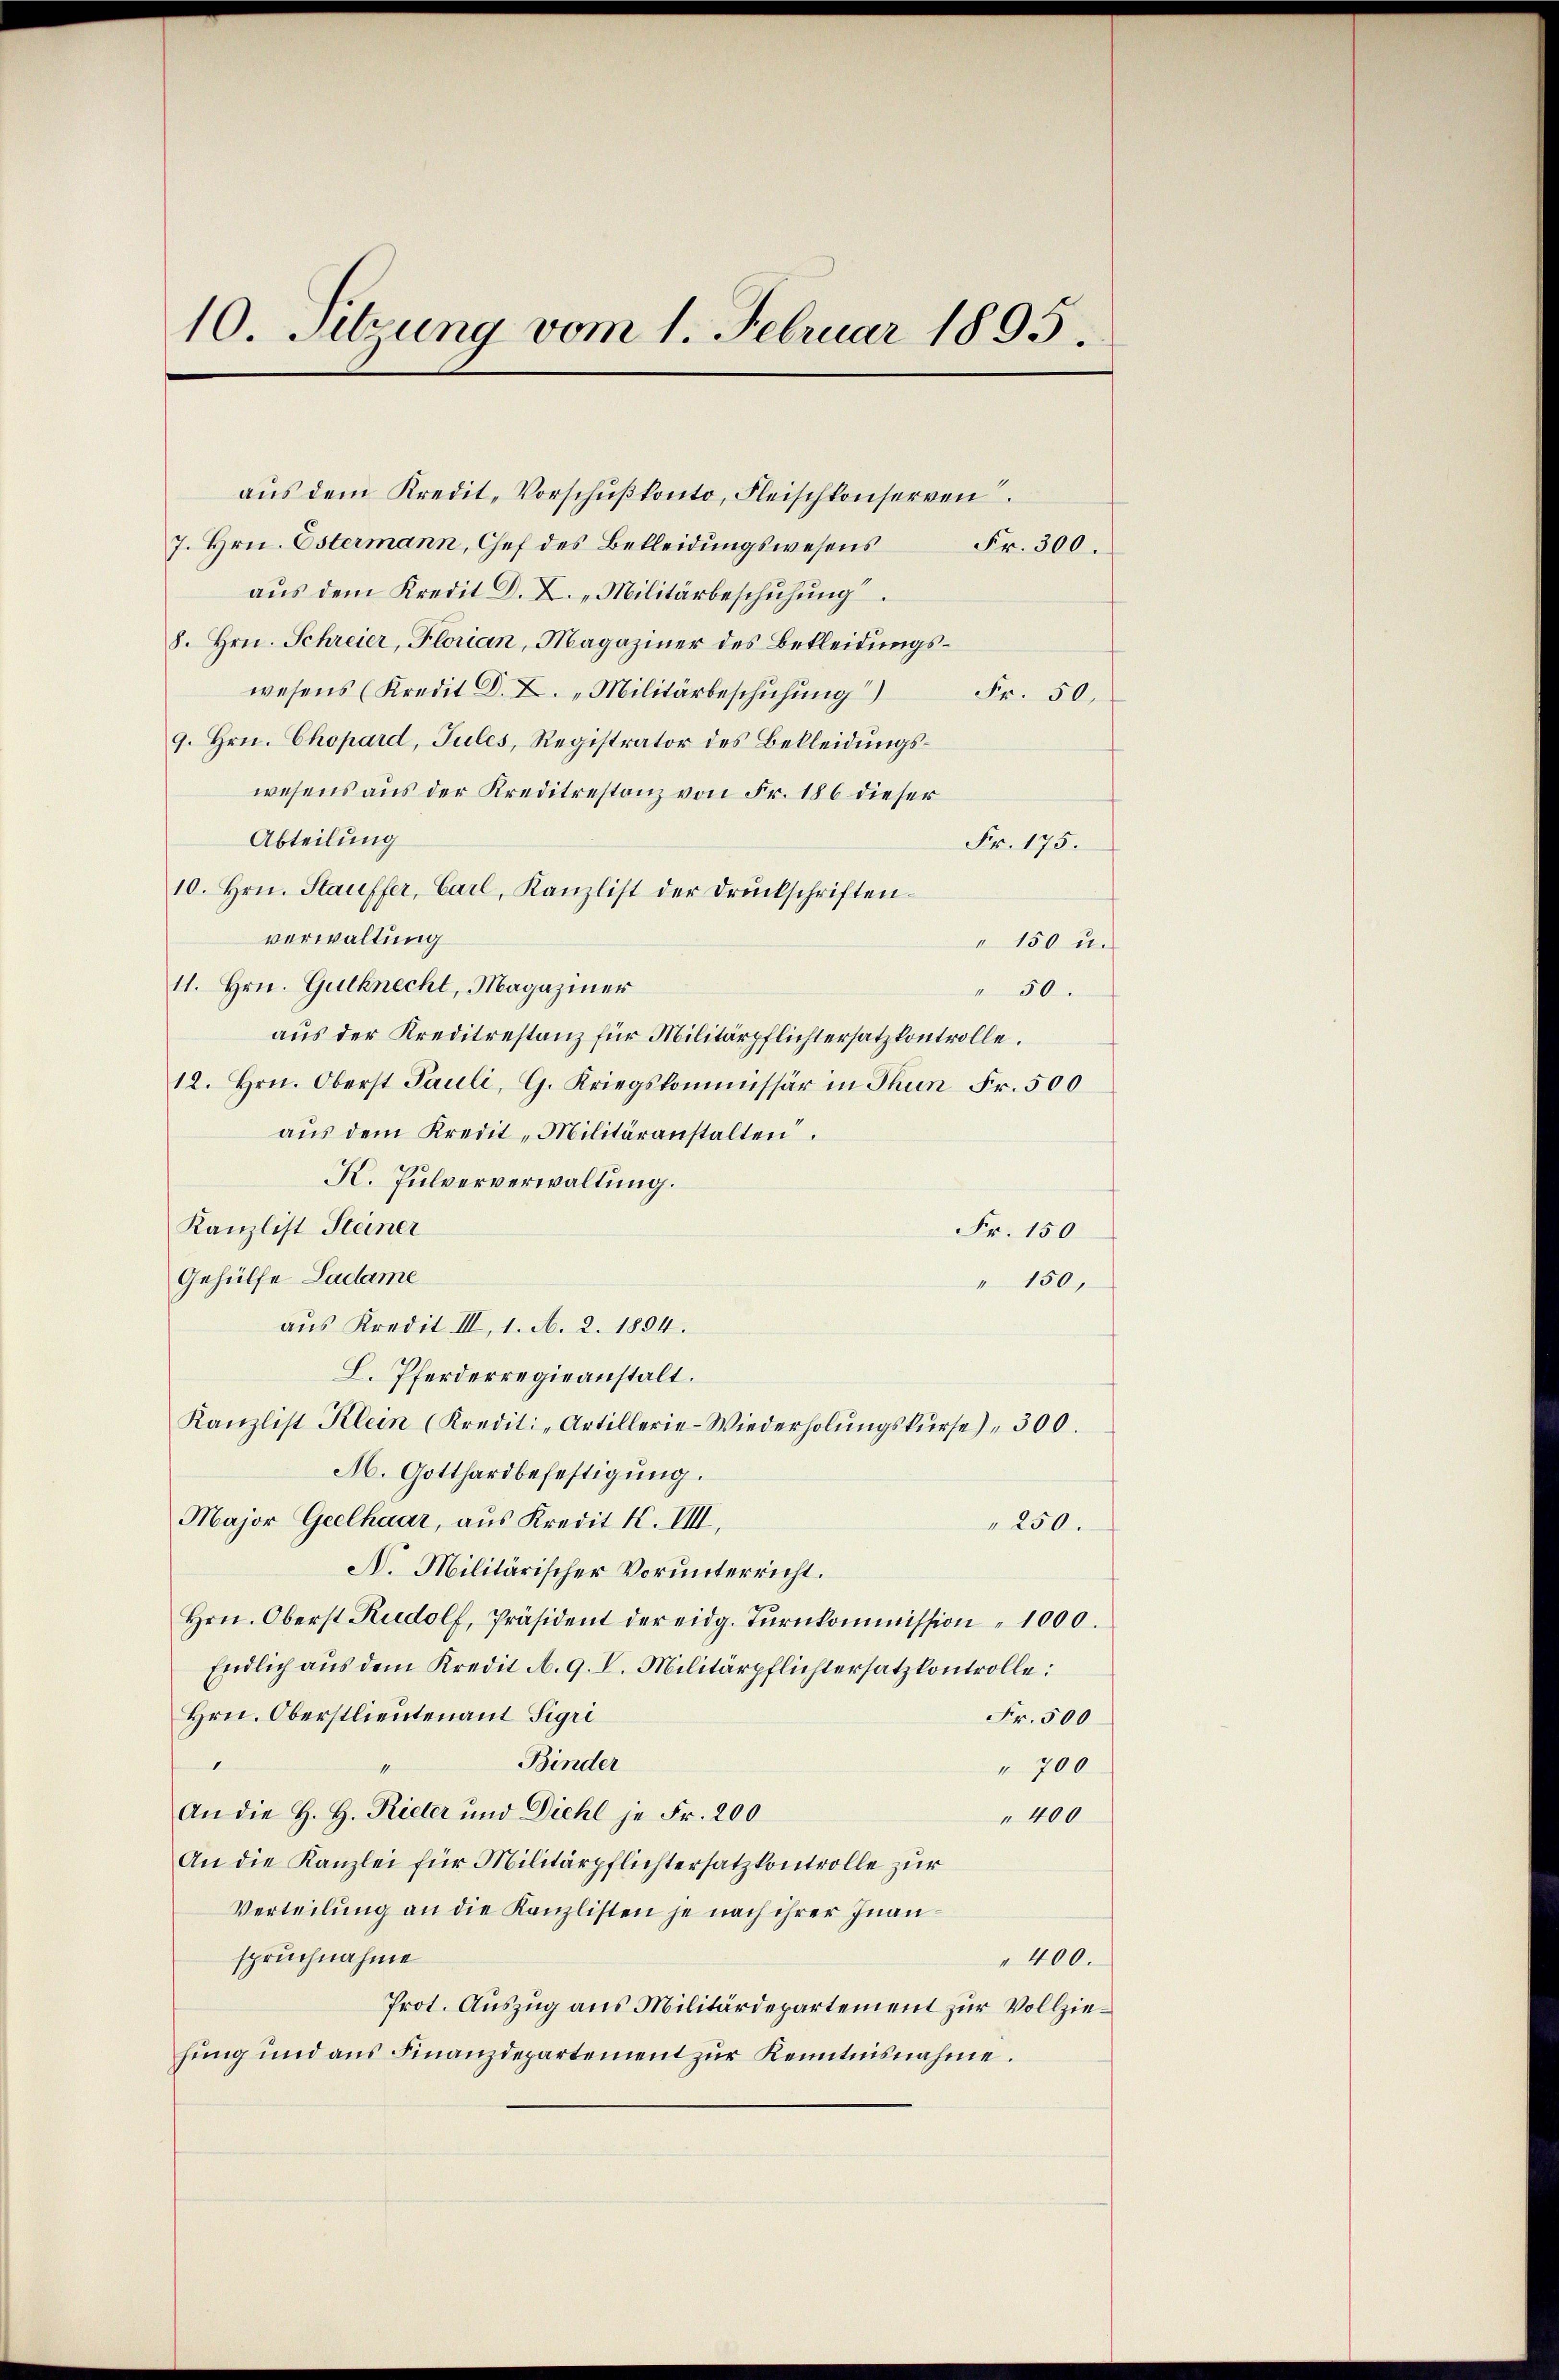
10. Sitzung vom 1. Februar 1895.

aŭs dem Kredit. Vorschŭβkonto, Fleischkonserven
7. Hrn. Estermann, Chef des Bekleidungswesens
Fr. 300.
aus dem Kredit D. X. "Militärbeschuhung.
8. Hrn. Schreier, Florian, Magaziner des Bekleidungswesens (Kredit D. X. „Militärbeschuhung)
Fr. 50.
9. Hrn. Chopard, Tules, Registrator des Bekleidungswesens aus der Kreditrestanz von Fr. 186 dieser
Abteilung
Fr. 175.
10. Hrn. Stauffer, Carl, Kanzlist der Druckschriften.
verwaltung
" 150 u.
11. Hrn. Gutknecht, Magaziner
" 50.
aus der Kreditrestanz für Militärpflichtersatzkontrolle.
12. Hrn. Oberst Pauli, G. Kriegskommissär in Thun Fr. 500
aŭs dem Kredit-Militäranstalten.
K. Pulververwaltung.
Kanzlist Steiner
Fr. 150
Gehülfe Ladame
" 150,
aus Kredit III, 1. A. 2. 1894.
L. Pferderregieanstalt.
Kanzlist Klein (Kredit: „Artillerie-Wiederholŭngskŭrse) " 300.
M. Gotthardbefestigung.
Major Geelhaar, aus Kredit K. VIII.
250.
A. Militärischer Vorunterricht.
Hrn. Oberst Rudolf, Präsident der eidg. Tŭrnkommission " 1000.
Endlich aŭs dem Kredit A. 9. I. Militärpflichtersatzkontrolle:
Hrn. Oberstlieutenant Sigri
Fr. 500
Binder
" 700
An die H. H. Rieter und Diehl je Fr. 200
400
An die Kanzlei für Militärpflichtersatzkontrolle zur
Verteilung an die Kanzlisten je nach ihrer Inanspruchnahme
" 400.
Prot. Auszug aus Militärdepartement zur Vollziehung und aus Finanzdepartement zŭr Kenntnisnahme.